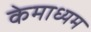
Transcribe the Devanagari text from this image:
केमाध्यम